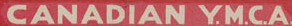
CANADIAN Y.M.C.A.